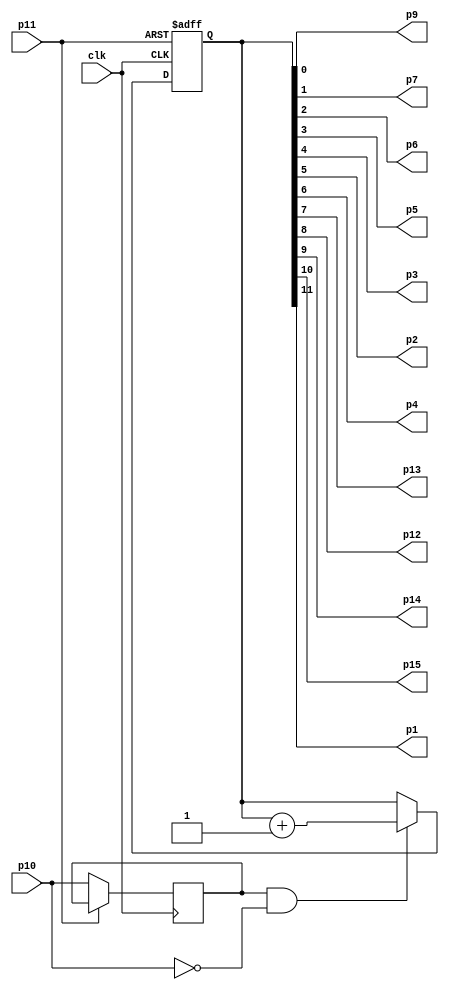
/////////////////////////////////////////
// 74HC4040 - 12-stage binary ripple counter
// Negative clock trigger positive async clear
//
// Modified for sinc and FPGA friendly
// Antonio Sanchez (@TheSonders)
////////////////////////////////////////

module HC4040CLK(
    input wire clk,
	input wire p10,p11,
	output wire p9,p7,p6,p5,p3,p2,p4,p13,p12,p14,p15,p1
);

reg [11:0] d=0;
reg prev_p10=0;

assign {p1,p15,p14,p12,p13,p4,p2,p3,p5,p6,p7,p9}= d;

always @(posedge clk or posedge p11) begin
    if (p11) d<=12'h000;
    else begin
        prev_p10<=p10;
        if (prev_p10 & ~p10) d<=d+12'h001; //Neg Edge on p10
        end
end

endmodule